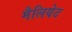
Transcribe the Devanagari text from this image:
मैलियेट